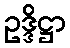
ဥဒ္ဒိဋ္ဌာ